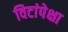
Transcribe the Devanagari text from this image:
विटांपेक्षा